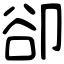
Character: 卻